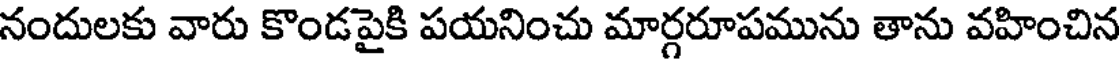
నందులకు వారు కొండపైకి పయనించు మార్గరూపమును తాను వహించిన